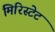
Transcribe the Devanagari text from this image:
मिरिस्टेट